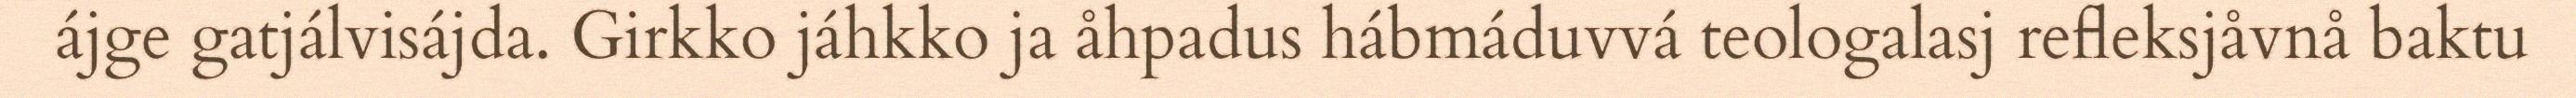
ájge gatjálvisájda. Girkko jáhkko ja åhpadus hábmáduvvá teologalasj refleksjåvnå baktu